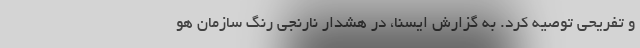
و تفریحی توصیه کرد. به گزارش ایسنا، در هشدار نارنجی رنگ سازمان هو